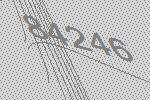
84246